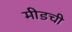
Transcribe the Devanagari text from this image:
मीडची